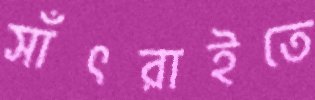
সাঁৎরাইতে